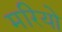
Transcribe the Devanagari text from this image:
मरियो